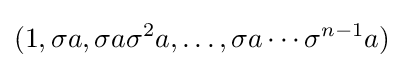
(1,\sigma a,\sigma a\sigma ^{2}a,\ldots ,\sigma a\cdots \sigma ^{n-1}a)